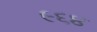
૯૬૪